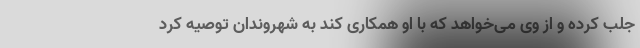
جلب کرده و از وی می‌خواهد که با او همکاری کند به شهروندان توصیه کرد